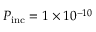
P _ { \mathrm { i n c } } = 1 \times 1 0 ^ { - 1 0 }